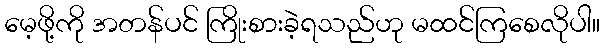
မေ့ဖို့ကို အတန်ပင် ကြိုးစားခဲ့ရသည်ဟု မထင်ကြစေလိုပါ။